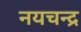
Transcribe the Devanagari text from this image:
नयचन्द्र